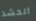
الحشد